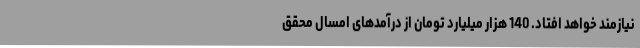
نیازمند خواهد افتاد. 140 هزار میلیارد تومان از درآمدهای امسال محقق